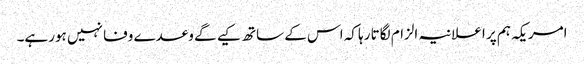
امریکہ ہم پر اعلانیہ الزام لگاتا رہا کہ اس کے ساتھ کیے گے وعدے وفا نہیں ہورہے۔